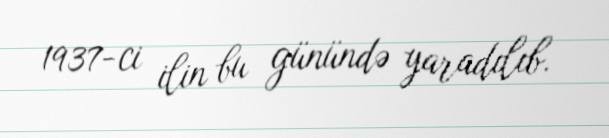
1937-ci ilin bu günündə yaradılıb.